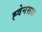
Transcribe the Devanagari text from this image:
ह्वेनसाङ